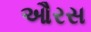
ઔરસ